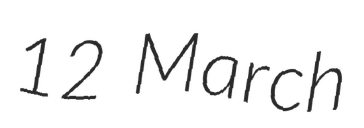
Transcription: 12 March